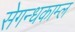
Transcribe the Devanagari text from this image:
सेगन्धकाम्ल